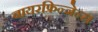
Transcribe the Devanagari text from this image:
बायरफ्रिन्जेन्स